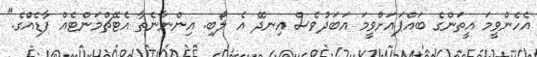
އެހެންވީމަ އީތަންގެ ބައްޕައަށްވީމަ އަބަދުވެސް އިނދޭ އެ ލޯބި. އިންނާނެތާ އެޓޭޗްމަންޓެއް ފާޑެއްގެ."